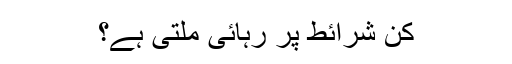
کن شرائط پر رہائی ملتی ہے؟